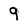
Character: 9